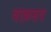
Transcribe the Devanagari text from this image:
बाक़सद